Indian journal of veterinary science and animal husbandry - Volumes 22-23, 1952-1953
Year: 1952
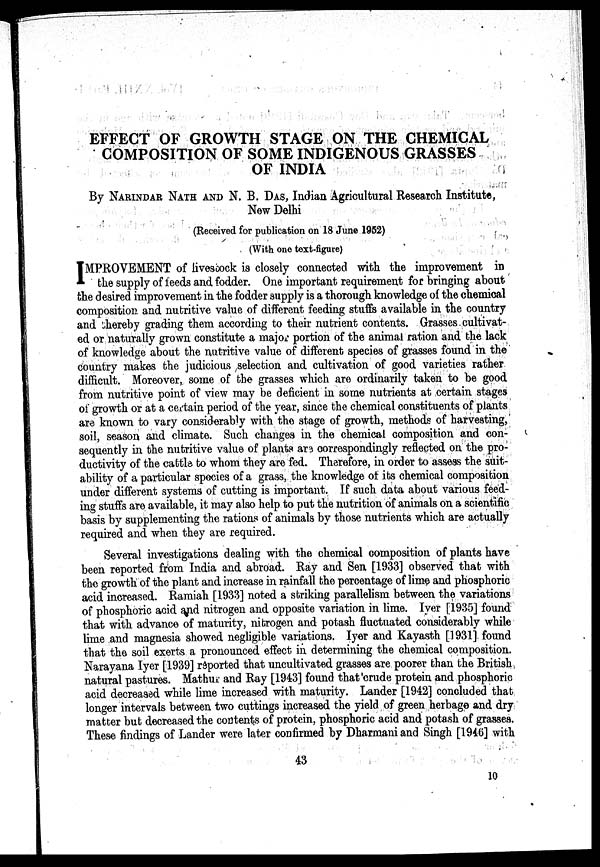
EFFECT OF GROWTH STAGE ON THE CHEMICAL
COMPOSITION OF SOME INDIGENOUS GRASSES
OF INDIA
By NARINDAR NATH AND N. B. DAS, Indian Agricultural Research Institute,
New Delhi
(Received for publication on 18 June 1952)
(With one text-figure)
I MPROVEMENT of livestock is closely connected with the improvement in
the supply of feeds and fodder. One important requirement for bringing about
the desired improvement in the fodder supply is a thorough knowledge of the chemical
composition and nutritive value of different feeding stuffs available in the country
and thereby grading them according to their nutrient contents. Grasses cultivat-
ed or naturally grown constitute a major portion of the animal ration and the lack
of knowledge about the nutritive value of different species of grasses found in the
country makes the judicious selection and cultivation of good varieties rather
difficult. Moreover, some of the grasses which are ordinarily taken to be good
from nutritive point of view may be deficient in some nutrients at certain stages
of growth or at a certain period of the year, since the chemical constituents of plants
are known to vary considerably with the stage of growth, methods of harvesting,
soil, season and climate. Such changes in the chemical composition and con-
sequently in the nutritive value of plants are correspondingly reflected on the pro-
ductivity of the cattle to whom they are fed. Therefore, in order to assess the suit-
ability of a particular species of a grass, the knowledge of its chemical composition
under different systems of cutting is important. If such data about various feed-
ing stuffs are available, it may also help to put the nutrition of animals on a scientific
basis by supplementing the rations of animals by those nutrients which are actually
required and when they are required.
Several investigations dealing with the chemical composition of plants have
been reported from India and abroad. Ray and Sen [1933] observed that with
the growth of the plant and increase in rainfall the percentage of lime and phosphoric
acid increased. Ramiah [1933] noted a striking parallelism between the variations
of phosphoric acid and nitrogen and opposite variation in lime. Iyer [1935] found
that with advance of maturity, nitrogen and potash fluctuated considerably while
lime and magnesia showed negligible variations. Iyer and Kayasth [1931] found
that the soil exerts a pronounced effect in determining the chemical composition.
Narayana Iyer [1939] reported that uncultivated grasses are poorer than the British
natural pastures. Mathur and Ray [1943] found that crude protein and phosphoric
acid decreased while lime increased with maturity. Lander [1942] concluded that
longer intervals between two cuttings increased the yield of green herbage and dry
matter but decreased the contents of protein, phosphoric acid and potash of grasses.
These findings of Lander were later confirmed by Dharmani and Singh [1946] with
43
10